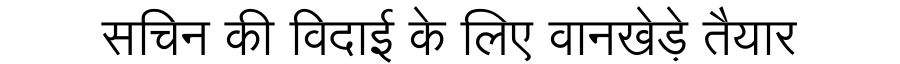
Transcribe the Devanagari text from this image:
सचिन की विदाई के लिए वानखेड़े तैयार